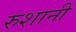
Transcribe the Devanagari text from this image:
रुशानी